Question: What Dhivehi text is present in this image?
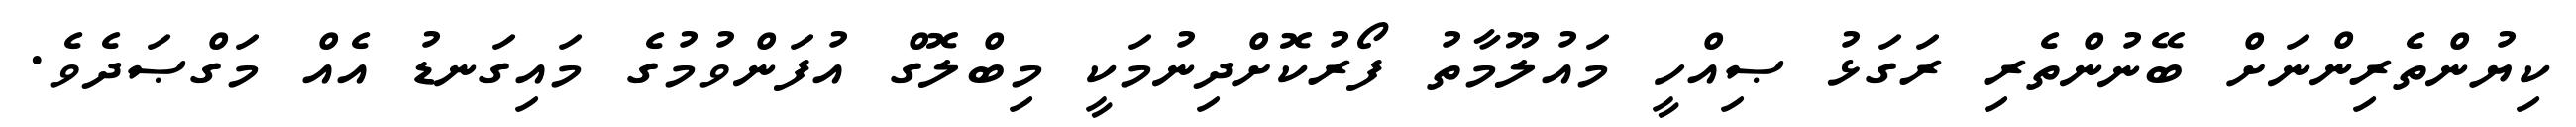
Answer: ކިޔުންތެރިންނަށް ބޭނުންތެރި ރަގަޅު ޞިއްހީ މައުލޫމާތު ފޯރުކޮށްދިނުމަކީ މިބްލޮގް އުފަންވުމުގެ މައިގަނޑު އެއް މަގްޞަދެވެ.